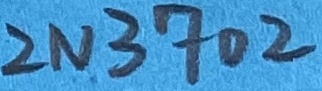
Text: 2N3702